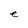
Character: e